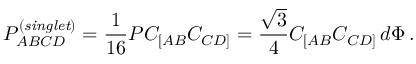
P _ { A B C D } ^ { \left( { \it s i n g l e t } \right) } = { \frac { 1 } { 1 6 } } P C _ { [ A B } C _ { C D ] } = { \frac { \sqrt { 3 } } { 4 } } C _ { [ A B } C _ { C D ] } \, d \Phi \, .